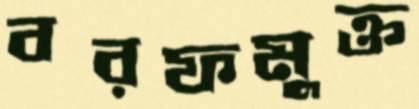
বরফমুক্ত